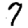
Digit: 7